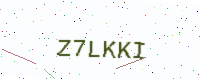
Text: Z7LKKI